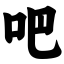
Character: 吧